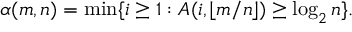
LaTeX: \alpha ( m , n ) = \operatorname* { m i n } \{ i \geq 1 : A ( i , \lfloor m / n \rfloor ) \geq \log _ { 2 } n \} .